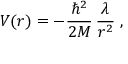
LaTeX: V ( r ) = - \frac { \hbar ^ { 2 } } { 2 M } \, \frac { \lambda } { r ^ { 2 } } \; ,